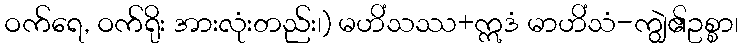
ဝက်ရေ, ဝက်ရိုး အားလုံးတည်း၊) မဟိံသဿ+ဣဒံ မာဟိံသံ-ကျွဲ၏ဥစ္စာ၊